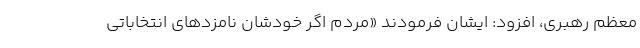
معظم رهبری، افزود: ایشان فرمودند «مردم اگر خودشان نامزدهای انتخاباتی